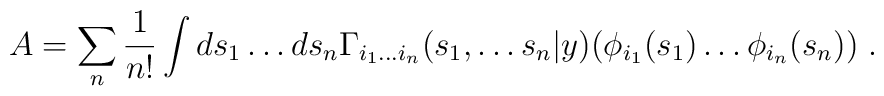
A=\sum _{n}\frac{1}{n!}\int ds_{1}\ldots ds_{n}\Gamma _{i_{1}\ldots i_{n}}(s_{1},\ldots s_{n}|y)\bigl (\phi _{i_{1}}(s_{1})\ldots \phi _{i_{n}}(s_{n})\bigl )\; .